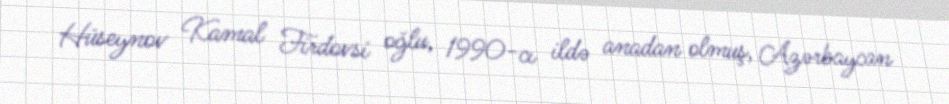
Hüseynov Kamal Firdovsi oğlu, 1990-cı ildə anadan olmuş, Azərbaycan